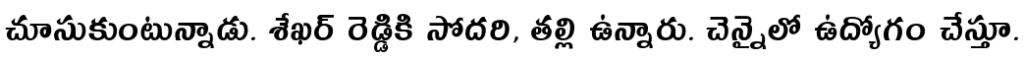
చూసుకుంటున్నాడు. శేఖర్ రెడ్డికి సోదరి, తల్లి ఉన్నారు. చెన్నైలో ఉద్యోగం చేస్తూ.